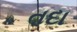
તદા